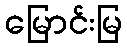
မြောင်းမြ